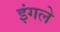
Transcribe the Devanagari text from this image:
इंगले